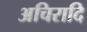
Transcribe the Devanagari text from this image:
अचिरादि